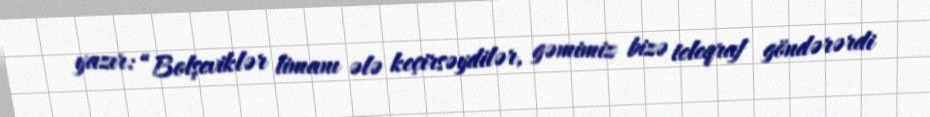
yazır: “Bolşeviklər limanı ələ keçirsəydilər, gəmimiz bizə teleqraf göndərərdi